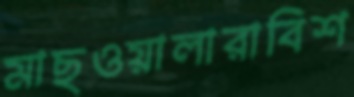
মাছওয়ালারাবিশ